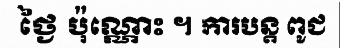
ថ្ងៃ ប៉ុណ្ណោះ ។ ការបន្ត ពូជ